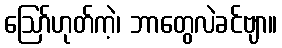
ဪဟုတ်ကဲ့၊ ဘာတွေလဲခင်ဗျာ။